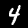
Label: 4